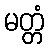
မတ္တံ